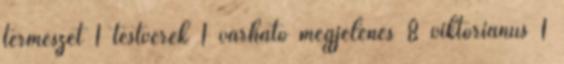
természet 1 testvérek 1 várható megjelenés 8 viktoriánus 1